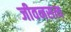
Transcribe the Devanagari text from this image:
जीवनसत्य